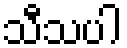
သီသပါ